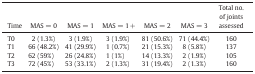
<table><thead><tr><td><b>Time</b></td><td><b>MAS = 0</b></td><td><b>MAS = 1</b></td><td><b>MAS = 1 +</b></td><td><b>MAS = 2</b></td><td><b>MAS = 3</b></td><td><b>Total no. of joints assessed</b></td></tr></thead><tbody><tr><td>T0</td><td>2 (1.3%)</td><td>3 (1.9%)</td><td>3 (1.9%)</td><td>81 (50.6%)</td><td>71 (44.4%)</td><td>160</td></tr><tr><td>T1</td><td>66 (48.2%)</td><td>41 (29.9%)</td><td>1 (0.7%)</td><td>21 (15.3%)</td><td>8 (5.8%)</td><td>137</td></tr><tr><td>T2</td><td>62 (59%)</td><td>26 (24.8%)</td><td>1 (1%)</td><td>14 (13.3%)</td><td>2 (1.9%)</td><td>105</td></tr><tr><td>T3</td><td>72 (45%)</td><td>53 (33.1%)</td><td>2 (1.3%)</td><td>31 (19.4%)</td><td>2 (1.3%)</td><td>160</td></tr></tbody></table>